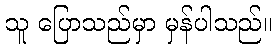
သူ ပြောသည်မှာ မှန်ပါသည်။